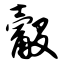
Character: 觳